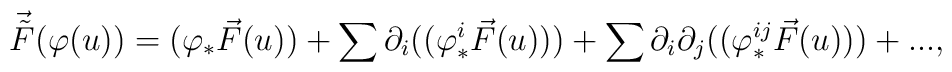
\vec {\tilde F} (\varphi(u)) = \big( \varphi_* \vec F(u) \big)    + \sum \partial_i (\big( \varphi^i_* \vec F(u) \big) )    + \sum \partial_i\partial_j (\big( \varphi^{ij}_* \vec F(u) \big) )+...,